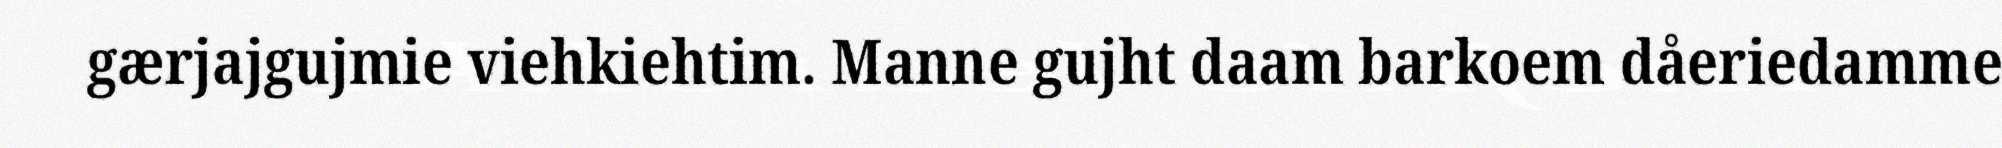
gærjajgujmie viehkiehtim. Manne gujht daam barkoem dåeriedamme